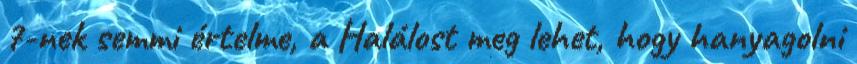
7-nek semmi értelme, a Halálost meg lehet, hogy hanyagolni